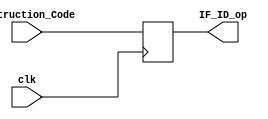
module IF_ID(
    input clk,
    input [31:0] Instruction_Code,
    output reg [31:0] IF_ID_op
);

always@(posedge clk) IF_ID_op <= Instruction_Code;

endmodule